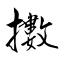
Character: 擻